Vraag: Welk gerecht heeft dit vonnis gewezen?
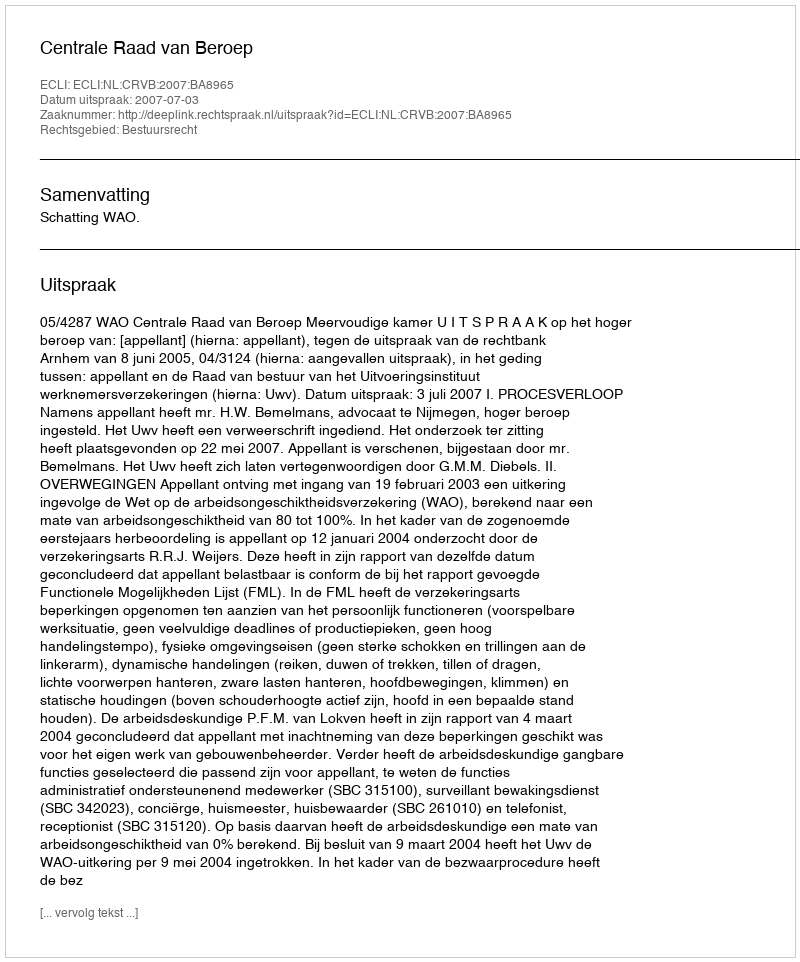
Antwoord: Centrale Raad van Beroep